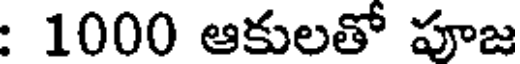
: 1000 ఆకులతో పూజ